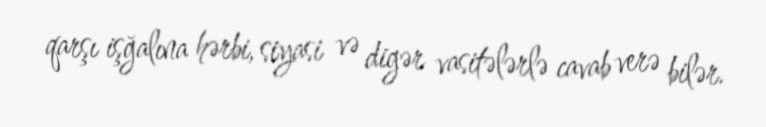
qarşı işğalına hərbi, siyasi və digər vasitələrlə cavab verə bilər.